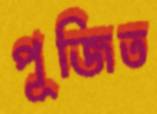
পূজিত